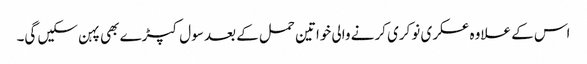
اس کے علاوہ عسکری نوکری کرنے والی خواتین حمل کے بعد سول کپڑے بھی پہن سکیں گی۔